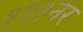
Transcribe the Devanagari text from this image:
१९१नर